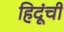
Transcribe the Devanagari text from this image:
हिदूंची